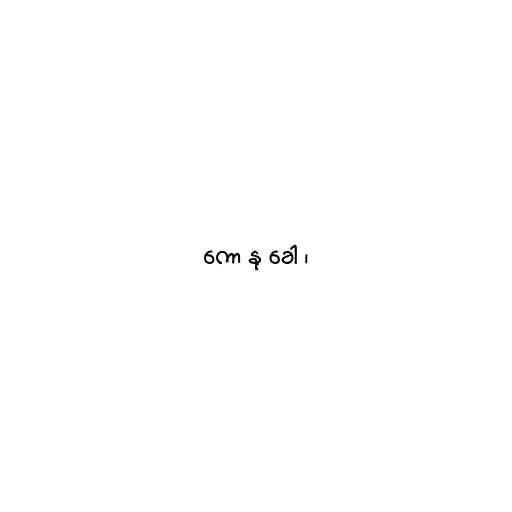
ကော နု ခေါ ၊